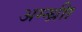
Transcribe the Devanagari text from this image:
अग्न्ध्रीा